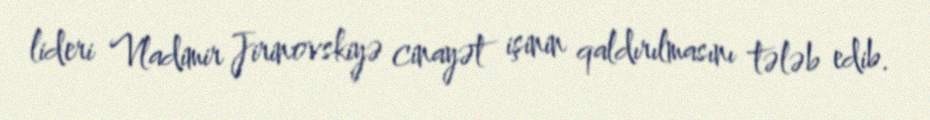
lideri Vladimir Jirinovskiyə cinayət işinin qaldırılmasını tələb edib.